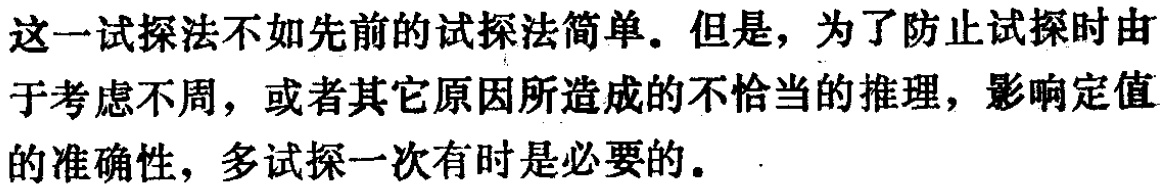
这一试探法不如先前的试探法简单。但是，为了防止试探时由于考虑不周，或者其它原因所造成的不恰当的推理，影响定值的准确性，多试探一次有时是必要的。